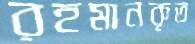
রহমানকৃত